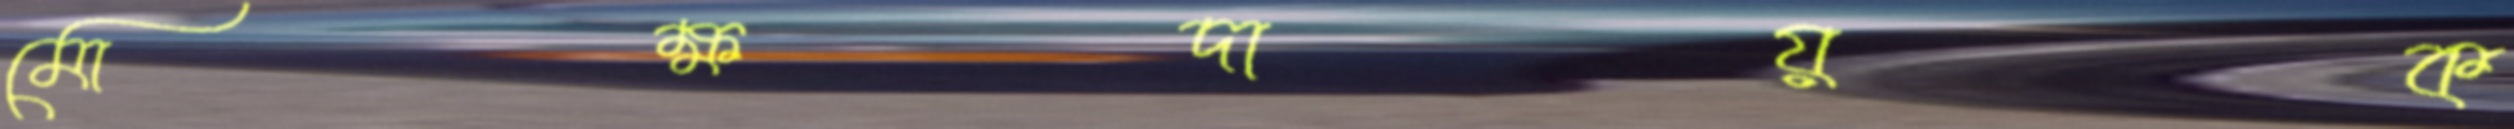
মোক্ষদায়ক